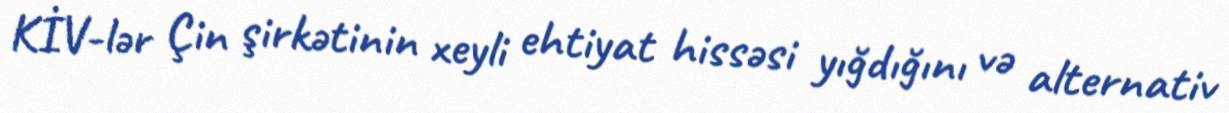
KİV-lər Çin şirkətinin xeyli ehtiyat hissəsi yığdığını və alternativ